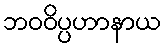
ဘဝဝိပ္ပဟာနာယ